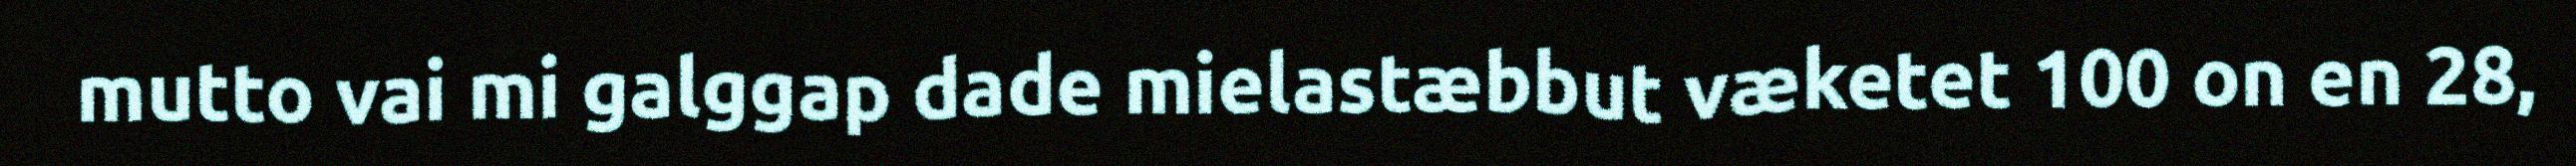
mutto vai mi galggap dade mielastæbbut væketet 100 on en 28,